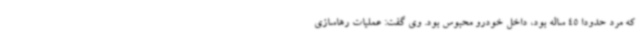
که مرد حدودا 45 ساله بود، داخل خودرو محبوس بود. وی گفت: عملیات رهاسازی